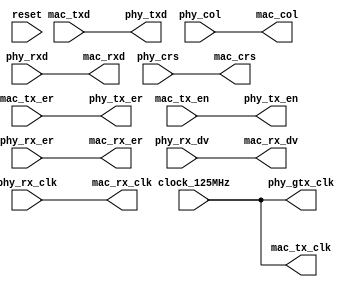
module gmii 
(
    input   wire        reset,
    input   wire        clock_125MHz,

    // PHY Interface
    output  wire        phy_tx_er,
    output  wire [7:0]  phy_txd,
    output  wire        phy_tx_en,
    output  wire        phy_gtx_clk,
    input   wire        phy_col,
    input   wire [7:0]  phy_rxd,
    input   wire        phy_rx_er,
    input   wire        phy_rx_clk,
    input   wire        phy_crs,
    input   wire        phy_rx_dv,

    // MAC Interface
    input   wire        mac_tx_er,
    input   wire [7:0]  mac_txd,
    input   wire        mac_tx_en,
    output  wire        mac_tx_clk,
    output  wire        mac_col,
    output  wire  [7:0] mac_rxd,
    output  wire        mac_rx_er,
    output  wire        mac_rx_clk,
    output  wire        mac_crs,
    output  wire        mac_rx_dv
);

assign phy_tx_er    = mac_tx_er;
assign phy_txd      = mac_txd;
assign phy_tx_en    = mac_tx_en;
assign phy_gtx_clk  = clock_125MHz;
assign mac_col      = phy_col;
assign mac_rxd      = phy_rxd;
assign mac_rx_er    = phy_rx_er;
assign mac_rx_clk   = phy_rx_clk;
assign mac_crs      = phy_crs;
assign mac_rx_dv    = phy_rx_dv;
assign mac_tx_clk   = clock_125MHz;

endmodule